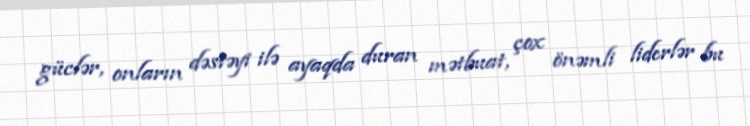
güclər, onların dəstəyi ilə ayaqda duran mətbuat, çox önəmli liderlər bu